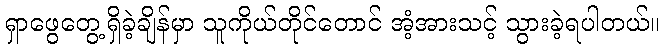
ရှာဖွေတွေ့ရှိခဲ့ချိန်မှာ သူကိုယ်တိုင်တောင် အံ့အားသင့် သွားခဲ့ရပါတယ်။